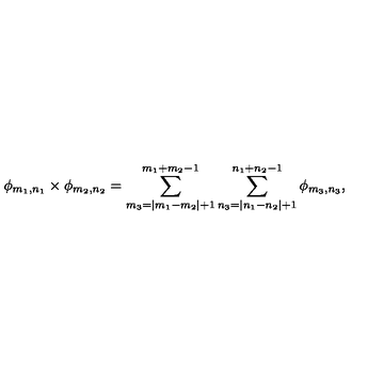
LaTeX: \phi _ { m _ { 1 } , n _ { 1 } } \times \phi _ { m _ { 2 } , n _ { 2 } } = \sum _ { m _ { 3 } = | m _ { 1 } - m _ { 2 } | + 1 } ^ { m _ { 1 } + m _ { 2 } - 1 } \sum _ { n _ { 3 } = | n _ { 1 } - n _ { 2 } | + 1 } ^ { n _ { 1 } + n _ { 2 } - 1 } \phi _ { m _ { 3 } , n _ { 3 } } ,